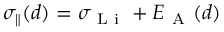
\sigma _ { \parallel } ( d ) = \sigma _ { \mathrm { ~ L ~ i ~ } } + E _ { \mathrm { ~ A ~ } } ( d )